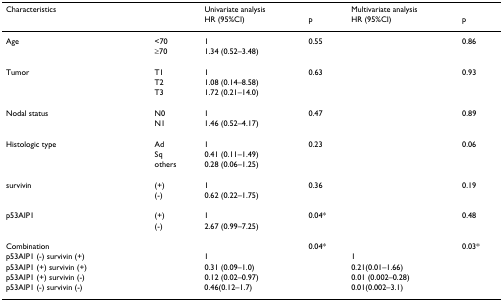
<table><thead><tr><td colspan="2"><b>Characteristics</b></td><td colspan="2"><b>Univariate analysis</b></td><td colspan="2"><b>Multivariate analysis</b></td></tr><tr><td></td><td></td><td><b>HR (95%CI)</b></td><td><b>p</b></td><td><b>HR (95%CI)</b></td><td><b>p</b></td></tr></thead><tbody><tr><td>Age</td><td>&lt;70</td><td>1</td><td>0.55</td><td></td><td>0.86</td></tr><tr><td></td><td>≥70</td><td>1.34 (0.52–3.48)</td><td></td><td></td><td></td></tr><tr><td>Tumor</td><td>T1</td><td>1</td><td>0.63</td><td></td><td>0.93</td></tr><tr><td></td><td>T2</td><td>1.08 (0.14–8.58)</td><td></td><td></td><td></td></tr><tr><td></td><td>T3</td><td>1.72 (0.21–14.0)</td><td></td><td></td><td></td></tr><tr><td>Nodal status</td><td>N0</td><td>1</td><td>0.47</td><td></td><td>0.89</td></tr><tr><td></td><td>N1</td><td>1.46 (0.52–4.17)</td><td></td><td></td><td></td></tr><tr><td>Histologic type</td><td>Ad</td><td>1</td><td>0.23</td><td></td><td>0.06</td></tr><tr><td></td><td>Sq</td><td>0.41 (0.11–1.49)</td><td></td><td></td><td></td></tr><tr><td></td><td>others</td><td>0.28 (0.06–1.25)</td><td></td><td></td><td></td></tr><tr><td>survivin</td><td>(+)</td><td>1</td><td>0.36</td><td></td><td>0.19</td></tr><tr><td></td><td>(-)</td><td>0.62 (0.22–1.75)</td><td></td><td></td><td></td></tr><tr><td>p53AIP1</td><td>(+)</td><td>1</td><td>0.04*</td><td></td><td>0.48</td></tr><tr><td></td><td>(-)</td><td>2.67 (0.99–7.25)</td><td></td><td></td><td></td></tr><tr><td>Combination</td><td></td><td></td><td>0.04*</td><td></td><td>0.03*</td></tr><tr><td>p53AIP1 (-) survivin (+)</td><td></td><td>1</td><td></td><td>1</td><td></td></tr><tr><td>p53AIP1 (+) survivin (+)</td><td></td><td>0.31 (0.09–1.0)</td><td></td><td>0.21(0.01–1.66)</td><td></td></tr><tr><td>p53AIP1 (+) survivin (-)</td><td></td><td>0.12 (0.02–0.97)</td><td></td><td>0.01 (0.002–0.28)</td><td></td></tr><tr><td>p53AIP1 (-) survivin (-)</td><td></td><td>0.46(0.12–1.7)</td><td></td><td>0.01(0.002–3.1)</td><td></td></tr></tbody></table>